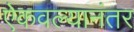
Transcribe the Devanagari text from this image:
ऐकवल्यानंतर